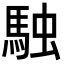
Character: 𮩿